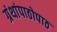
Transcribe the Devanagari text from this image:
ग्रंथांपाठोपाठ